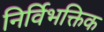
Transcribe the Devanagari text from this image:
निर्विभक्तिक